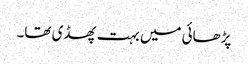
پڑھائی میں بہت پھسڈی تھا۔